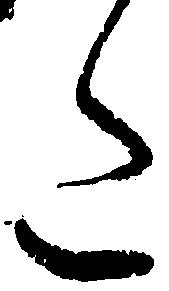
た